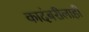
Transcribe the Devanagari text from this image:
कादंबरीलाही